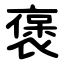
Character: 褒